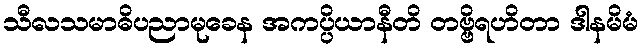
သီလသမာဓိပညာမုခေန အကပ္ပိယာနီတိ တဗ္ဗိရဟိတာ ဒါနမိမံ